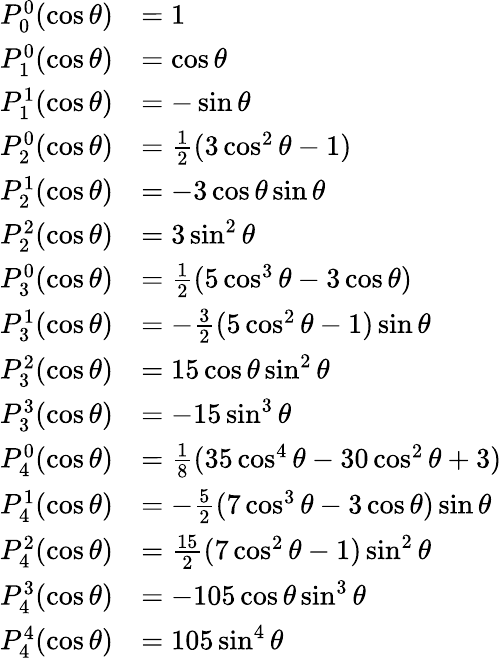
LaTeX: {\begin{array}{rl}{P_{0}^{0}(\cos\theta)}&{=1}\\ {P_{1}^{0}(\cos\theta)}&{=\cos\theta}\\ {P_{1}^{1}(\cos\theta)}&{=-\sin\theta}\\ {P_{2}^{0}(\cos\theta)}&{={\frac{1}{2}}(3\cos^{2}\theta-1)}\\ {P_{2}^{1}(\cos\theta)}&{=-3\cos\theta\sin\theta}\\ {P_{2}^{2}(\cos\theta)}&{=3\sin^{2}\theta}\\ {P_{3}^{0}(\cos\theta)}&{={\frac{1}{2}}(5\cos^{3}\theta-3\cos\theta)}\\ {P_{3}^{1}(\cos\theta)}&{=-{\frac{3}{2}}(5\cos^{2}\theta-1)\sin\theta}\\ {P_{3}^{2}(\cos\theta)}&{=15\cos\theta\sin^{2}\theta}\\ {P_{3}^{3}(\cos\theta)}&{=-15\sin^{3}\theta}\\ {P_{4}^{0}(\cos\theta)}&{={\frac{1}{8}}(35\cos^{4}\theta-30\cos^{2}\theta+3)}\\ {P_{4}^{1}(\cos\theta)}&{=-{\frac{5}{2}}(7\cos^{3}\theta-3\cos\theta)\sin\theta}\\ {P_{4}^{2}(\cos\theta)}&{={\frac{15}{2}}(7\cos^{2}\theta-1)\sin^{2}\theta}\\ {P_{4}^{3}(\cos\theta)}&{=-105\cos\theta\sin^{3}\theta}\\ {P_{4}^{4}(\cos\theta)}&{=105\sin^{4}\theta}\end{array}}